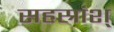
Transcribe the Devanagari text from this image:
सहस्रांश्